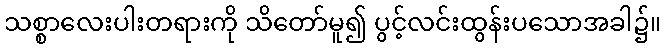
သစ္စာလေးပါးတရားကို သိတော်မူ၍ ပွင့်လင်းထွန်းပသောအခါ၌။